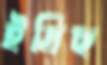
ইদ্রিছ